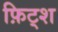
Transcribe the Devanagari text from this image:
फ़िट्श